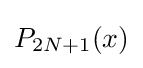
P_{2N+1}(x)